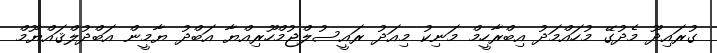
ގުރައިދޫ މެދުގޭ މުހައްމަދު އިބްރާހީމް މަނިކު މިއަދު ރައީސުލްޖުމްހޫރިއްޔާ އަބްދު ޔާމީން އަބްދުލްޤައްޔޫމް